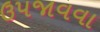
ઉપજાવવા